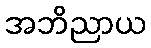
အဘိညာယ